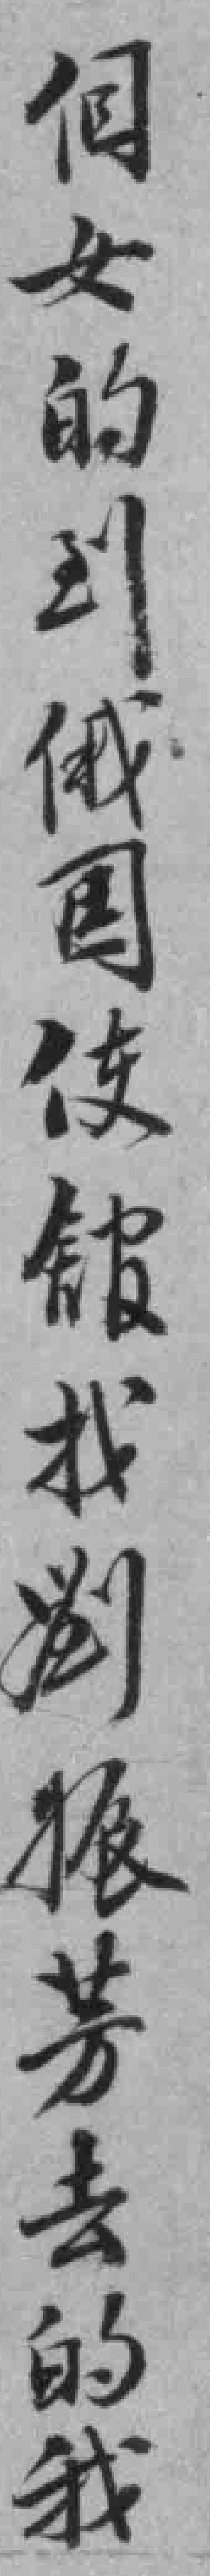
個女的到俄国使舘找劉振芳去的我